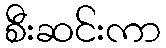
စီးဆင်းကာ